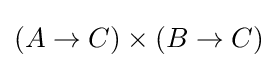
(A\rightarrow C)\times (B\rightarrow C)